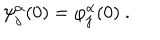
\psi _ { j } ^ { \alpha } ( 0 ) = \varphi _ { j } ^ { \alpha } ( 0 ) \ .